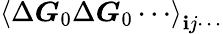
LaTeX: \left\langle\Delta\boldsymbol{G}_{0}\Delta\boldsymbol{G}_{0}\cdots\right\rangle_{\mathbf{i}j\cdots}